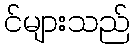
င်များသည်